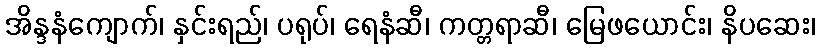
အိန္ဒနံကျောက်၊ နှင်းရည်၊ ပရုပ်၊ ရေနံဆီ၊ ကတ္တရာဆီ၊ မြေဖယောင်း၊ နိပဆေး၊